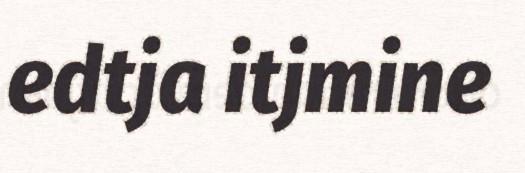
edtja itjmine